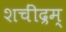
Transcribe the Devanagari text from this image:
शचींद्रम्